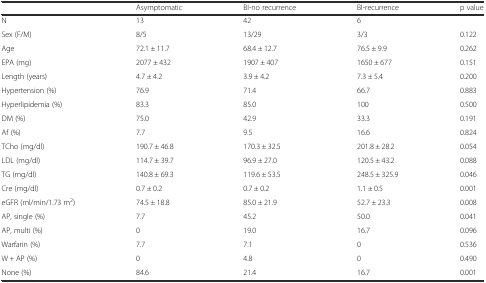
|  | Asymptomatic | BI-no recurrence | BI-recurrence | p value |
 | --- | --- | --- | --- | --- |
 | N | 13 | 42 | 6 |  |
 | Sex (F/M) | 8/5 | 13/29 | 3/3 | 0.122 |
 | Age | 72.1 ± 11.7 | 68.4 ± 12.7 | 76.5 ± 9.9 | 0.262 |
 | EPA (mg) | 2077 ± 432 | 1907 ± 407 | 1650 ± 677 | 0.151 |
 | Length (years) | 4.7 ± 4.2 | 3.9 ± 4.2 | 7.3 ± 5.4 | 0.200 |
 | Hypertension (%) | 76.9 | 71.4 | 66.7 | 0.883 |
 | Hyperlipidemia (%) | 83.3 | 85.0 | 100 | 0.500 |
 | DM (%) | 75.0 | 42.9 | 33.3 | 0.191 |
 | Af (%) | 7.7 | 9.5 | 16.6 | 0.824 |
 | TCho (mg/dl) | 190.7 ± 46.8 | 170.3 ± 32.5 | 201.8 ± 28.2 | 0.054 |
 | LDL (mg/dl) | 114.7 ± 39.7 | 96.9 ± 27.0 | 120.5 ± 43.2 | 0.088 |
 | TG (mg/dl) | 140.8 ± 69.3 | 119.6 ± 53.5 | 248.5 ± 325.9 | 0.046 |
 | Cre (mg/dl) | 0.7 ± 0.2 | 0.7 ± 0.2 | 1.1 ± 0.5 | 0.001 |
 | eGFR (ml/min/1.73 m2) | 74.5 ± 18.8 | 85.0 ± 21.9 | 52.7 ± 23.3 | 0.008 |
 | AP, single (%) | 7.7 | 45.2 | 50.0 | 0.041 |
 | AP, multi (%) | 0 | 19.0 | 16.7 | 0.096 |
 | Warfarin (%) | 7.7 | 7.1 | 0 | 0.536 |
 | W + AP (%) | 0 | 4.8 | 0 | 0.490 |
 | None (%) | 84.6 | 21.4 | 16.7 | 0.001 |